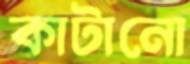
কাটানো